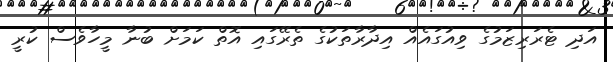
އަދި ޓެރަރިޒަމުގެ ވިއުގައެއް އިދާރާތަކުގެ ތެރޭގައި އޮތް ކަމަށް ބުނާ މީހާވެސް ކުރީ